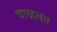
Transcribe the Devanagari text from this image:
वाळवत